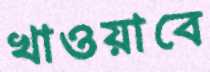
খাওয়াবে